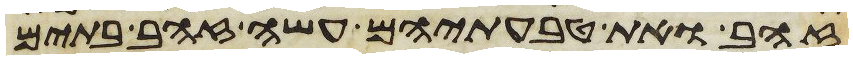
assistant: זהב ואת טבעתיהם עשה זהב בתים